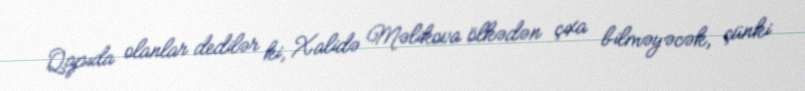
Qapıda olanlar dedilər ki, Xalidə Məlikova ölkədən çıxa bilməyəcək, çünki